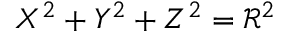
X ^ { 2 } + Y ^ { 2 } + Z ^ { 2 } = \mathcal R ^ { 2 }